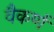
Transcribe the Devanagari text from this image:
वैकर्ण